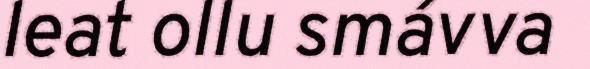
leat ollu smávva